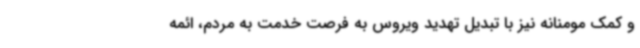
و کمک مومنانه نیز با تبدیل تهدید ویروس به فرصت خدمت به مردم، ائمه